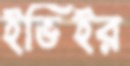
ইভিইর